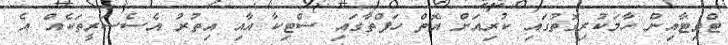
ޓްވިޓާއިން ހާމަކުރިގޮތުގައި ކުރިއަށް އޮތް ހަފްތާގައި ސްޓިކާ އާއި އިތުރު އެސެސަރީތަކެއް އެ